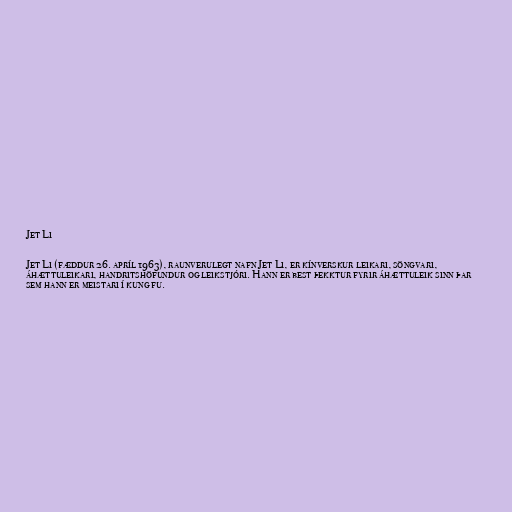
Jet Li

Jet Li (fæddur 26. apríl 1963), raunverulegt nafn Jet Li, er kínverskur leikari, söngvari,
áhættuleikari, handritshöfundur og leikstjóri. Hann er best þekktur fyrir áhættuleik sinn þar
sem hann er meistari í kung fu.